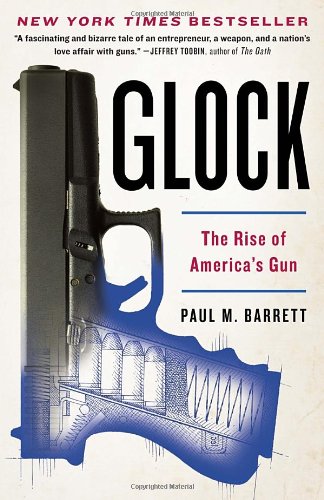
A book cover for Glock: The Rise of America's Gun; Paul M. Barrett; Sports & Outdoors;